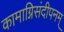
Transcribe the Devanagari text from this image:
कामाग्निसंदीपनम्